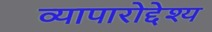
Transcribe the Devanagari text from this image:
व्यापारोद्देश्य